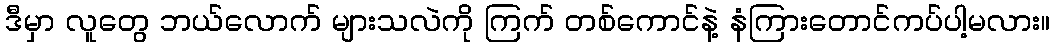
ဒီမှာ လူတွေ ဘယ်လောက် များသလဲကို ကြက် တစ်ကောင်နဲ့ နံကြားတောင်ကပ်ပါ့မလား။